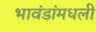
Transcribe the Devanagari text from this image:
भावंडांमधली